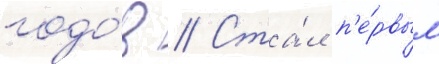
годо́в // Ста́л п'е́рвым